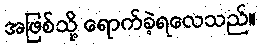
အဖြစ်သို့ ရောက်ခဲ့ရလေသည်။